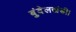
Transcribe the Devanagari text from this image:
बुंदेलखंडी।